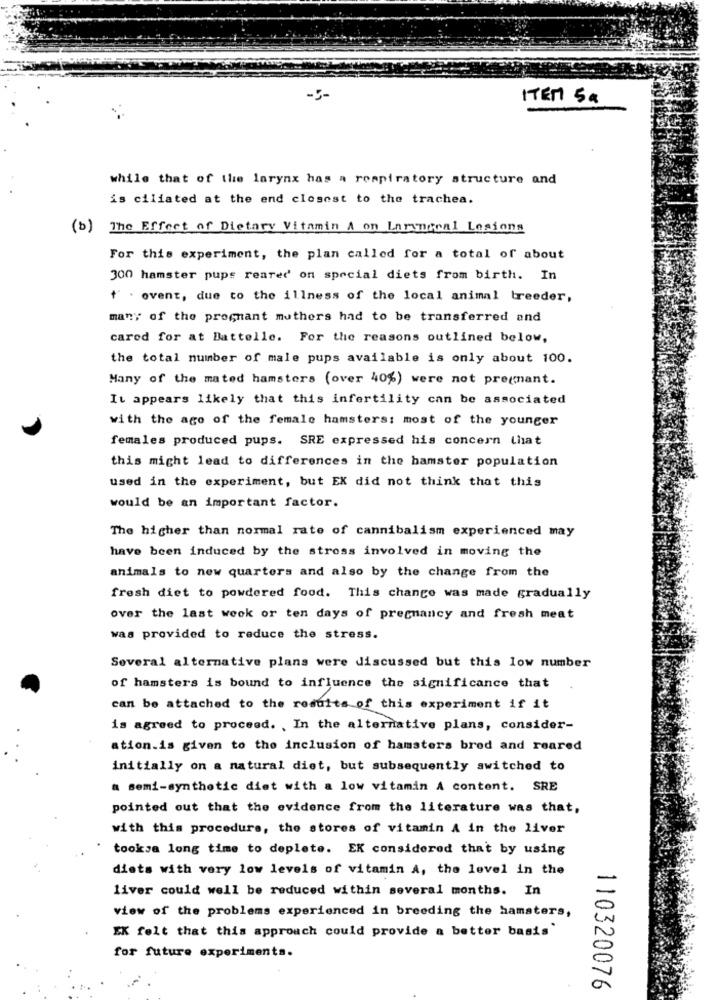
-5-
ITEM Sa
while that of the larynx has a respiratory structure and
is ciliated at the end closest to the trachea.
(b) The Effect of Dietary Vitamin A on Laryngeal Losions
For this experiment, the plan called for a total of about
300 hamster pups reared' on special diets from birth. In
f . ovent, due to the illness of the local animal treeder,
many of the pregnant mothers had to be transferred and
cared for at Battelle. For the reasons outlined below,
the total number of male pups available is only about 100.
Many of the mated hamsters (over 40%) were not pregnant.
It appears likely that this infertility can be associated
with the age of the female hamsters: most of the younger
females produced pups. SRE expressed his concern that
this might lead to differences in the hamster population
used in the experiment, but EX did not think that this
would be an important factor.
The higher than normal rate of cannibalism experienced may
have been induced by the stress involved in moving the
animals to new quarters and also by the change from the
fresh diet to powdered food. This change was made gradually
over the last week or ten days of pregnancy and fresh meat
was provided to reduce the stress.
Several alternative plans were discussed but this low number
of hamsters is bound to influence the significance that
can be attached to the results of this experiment if it
is agreed to proceed. . In the alternative plans, consider-
ation.is given to the inclusion of hamsters bred and reared
initially on a natural diet, but subsequently switched to
a semi-synthetic diet with a low vitamin A content. SRE
pointed out that the evidence from the literature was that,
with this procedure, the stores of vitamin A in the liver
tooksa long time to deplete. EK considered that by using
diets with very low levels of vitamin A, the level in the
liver could well be reduced within several months. In
view of the problems experienced in breeding the hamsters,
EK felt that this approach could provide a better basis"
for future experiments.
110320076